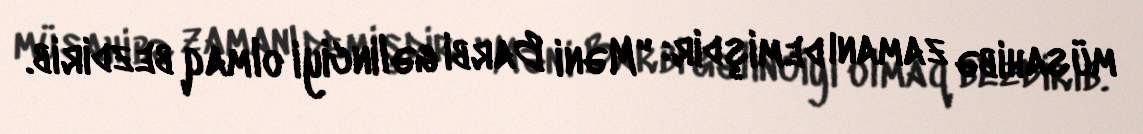
müsahibə zamanı demişdir: "Məni Barbi gəlinciyi olmaq bezdirib.